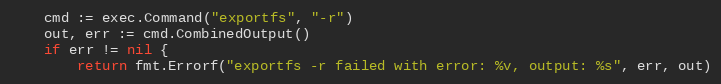
Language: Go
	cmd := exec.Command("exportfs", "-r")
	out, err := cmd.CombinedOutput()
	if err != nil {
		return fmt.Errorf("exportfs -r failed with error: %v, output: %s", err, out)